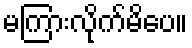
မကြားလိုက်မိပေ။